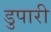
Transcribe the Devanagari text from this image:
डुपारी